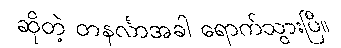
ဆိုတဲ့ တနင်္လာအခါ ရောက်သွားပြီ။